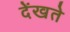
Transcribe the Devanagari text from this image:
देंखते